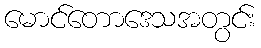
မောင်တောဒေသအတွင်း